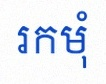
រកមុំ